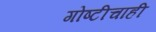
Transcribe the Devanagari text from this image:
गोष्टीचाही